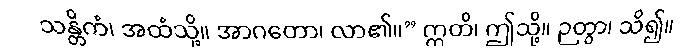
သန္တိကံ၊ အထံသို့။ အာဂတော၊ လာ၏။” ဣတိ၊ ဤသို့။ ဉတွာ၊ သိ၍။